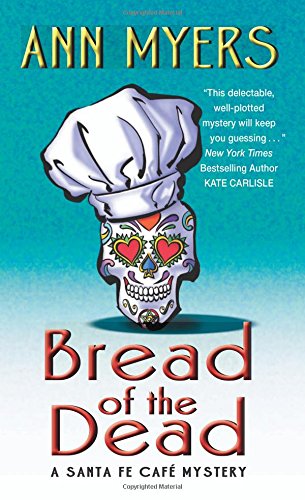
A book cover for Bread of the Dead: A Santa Fe Cafe Mystery (Santa Fe CafÃ© Mystery); Ann Myers; Mystery, Thriller & Suspense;